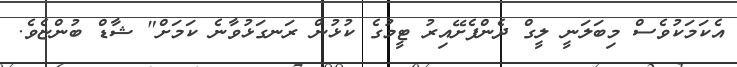
އެކަމަކުވެސް މިބަލަނީ ލީގް ދެންފެށޭއިރު ޓީމުގެ ކުޅުން ރަނގަޅުވާނެ ކަމަށް" ޝާޑް ބުންޏެވެ.